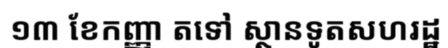
១៣ ខែកញ្ញា តទៅ ស្ថានទូតសហរដ្ឋ